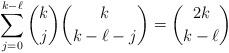
LaTeX: \begin{align*} \sum_{j=0}^{k-\ell}\binom{k}{j}\binom{k}{k-\ell-j} = \binom{2k}{k-\ell}\end{align*}